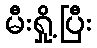
မီးရှို့ပြီး